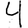
Digit: 4